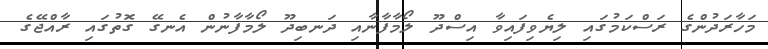
މަހާރަދުންގެ ރަސްކަމުގައި ލިޔެވިފައިވާ އިސްދޫ ލޯމާފާނާއި ދަނބިދޫ ލޯމާފާނުން އެނގޭ ގޮތުގައި ރާއްޖޭގެ